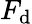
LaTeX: F_{\mathrm{d}}